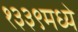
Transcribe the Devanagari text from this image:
१३३९मध्ये